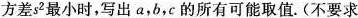
方差s2最小时，写出a，b，c的所有可能取值。(不要求